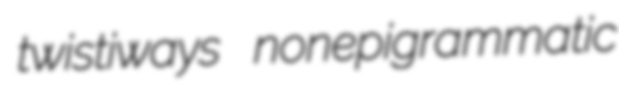
twistiways nonepigrammatic